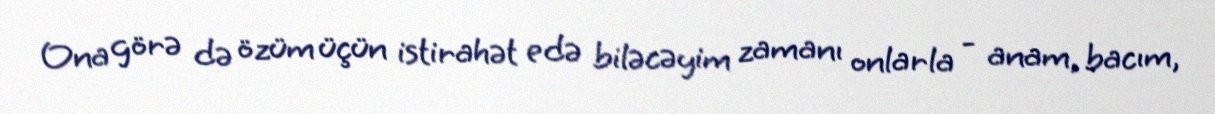
Ona görə də özüm üçün istirahət edə biləcəyim zamanı onlarla - anam, bacım,